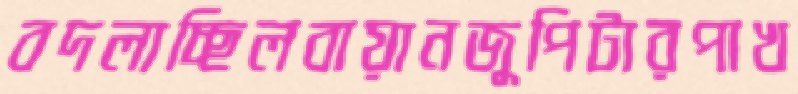
বদলাচ্ছিলবায়ানজুপিটারপাখ